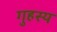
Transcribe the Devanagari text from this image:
गुहस्य